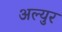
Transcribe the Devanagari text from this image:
अल्युर